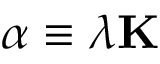
\alpha \equiv \lambda \mathbf { K }